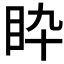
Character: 𥄌